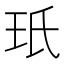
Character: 𭸻